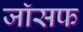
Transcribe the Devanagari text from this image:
जाॅसफ